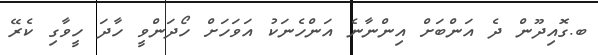
ބ.ގޮއިދޫން ދެ އަންބަށް އިންނާނެ އަންހެނަކު އަވަހަށް ހޯދަންވީ ހާދަ ހީވާގި ކެރޭ